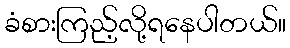
ခံစားကြည့်လို့ရနေပါတယ်။